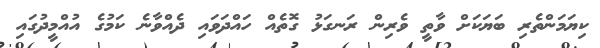
ކިޔަމަންތެރި ބަޔަކަށް ވާތީ ވެރިން ރަނގަޅު ގޮތެއް ހައްދަވައި ދެއްވާނެ ކަމުގެ އުއްމީދުގައި